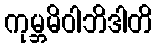
ကုမ္ဘမိဝါဘိဒါတိ